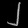
Digit: ၂